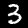
Digit: 3